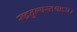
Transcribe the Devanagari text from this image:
रुद्रतुल्यस्तथाऽत्र।